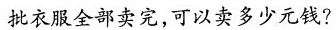
批衣服全部卖完，可以卖多少元钱?